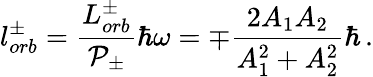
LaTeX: l_{orb}^{\pm}=\frac{L_{orb}^{\pm}}{\mathcal{P}_{\pm}}\hbar\omega=\mp\frac{2A_{1}A_{2}}{A_{1}^{2}+A_{2}^{2}}\hbar\, .